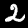
Label: 2